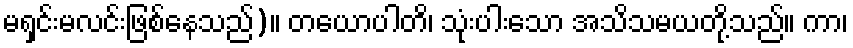
မရှင်းမလင်းဖြစ်နေသည်)။ တယောပါတိ၊ သုံးပါးသော အသိသမယတို့သည်။ ကာ၊